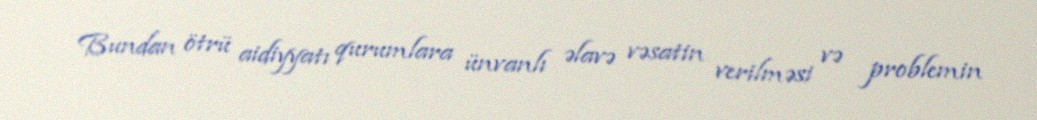
Bundan ötrü aidiyyatı qurumlara ünvanlı əlavə vəsatin verilməsi və problemin